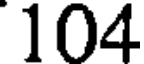
104